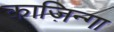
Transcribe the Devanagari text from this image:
काज़िन्गा